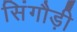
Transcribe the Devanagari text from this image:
सिंगौड़ी